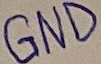
Text: GND